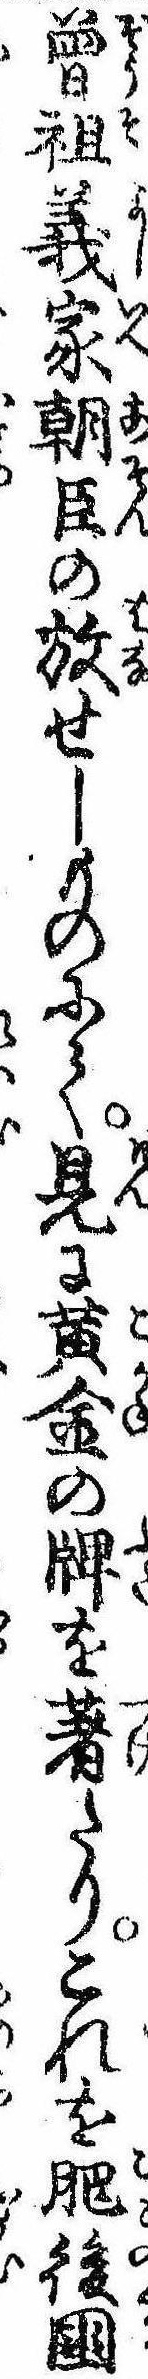
曽祖義家朝臣の放せしものにて見に黄金の牌を著たりこれを肥後国